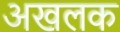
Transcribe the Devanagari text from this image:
अखलक